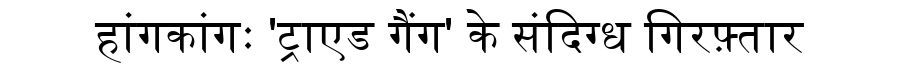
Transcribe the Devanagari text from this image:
हांगकांगः 'ट्राएड गैंग' के संदिग्ध गिरफ़्तार